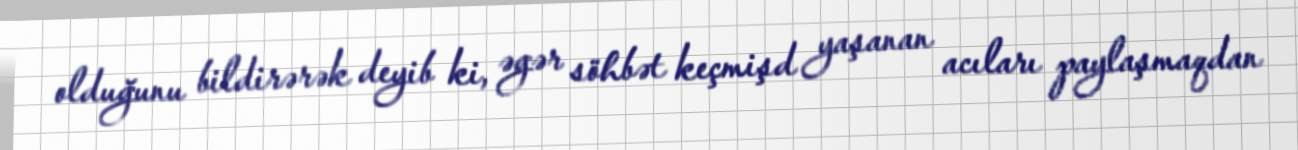
olduğunu bildirərək deyib ki, əgər söhbət keçmişd yaşanan acıları paylaşmaqdan